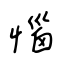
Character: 惱